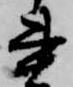
書